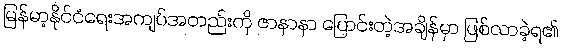
မြန်မာ့နိုင်ငံရေးအကျပ်အတည်းကို ဇာနာနာ ပြောင်းတဲ့အချိန်မှာ ဖြစ်လာခဲ့ရ၏